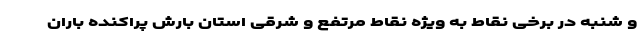
و شنبه در برخی نقاط به ویژه نقاط مرتفع و شرقی استان بارش پراکنده باران